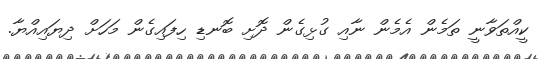
ކީއްތަވާނީ ތަމެން އެމެން ނާއި ގުޅިގެން ދޮށި ބޮނޑި ހިފައިގެން މަހަށް ދިޔައިއްޔާ.